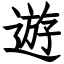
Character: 遊